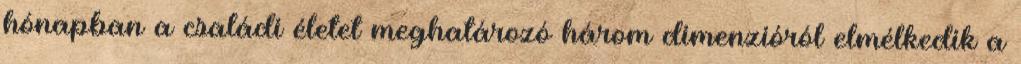
hónapban a családi életet meghatározó három dimenzióról elmélkedik a